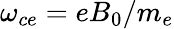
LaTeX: \omega_{ce}=eB_{0}/m_{e}